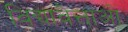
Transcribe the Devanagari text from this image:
विद्यावेत्ताओं